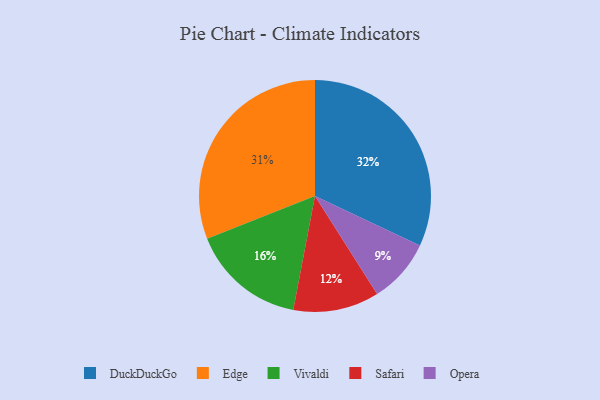
{"axis": {"x": "Category", "y": "Percentage"}, "legend": ["DuckDuckGo", "Edge", "Opera", "Safari", "Vivaldi"], "data": [{"x": "Opera", "y": 9, "type": "Opera"}, {"x": "Safari", "y": 12, "type": "Safari"}, {"x": "Edge", "y": 31, "type": "Edge"}, {"x": "Vivaldi", "y": 16, "type": "Vivaldi"}, {"x": "DuckDuckGo", "y": 32, "type": "DuckDuckGo"}]}